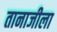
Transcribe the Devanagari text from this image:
तानाजीला